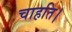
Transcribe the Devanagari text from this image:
चाहति।